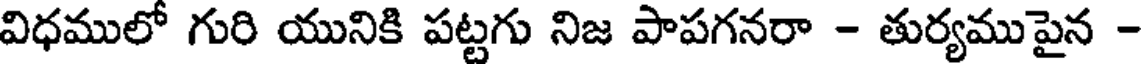
విధములో గురి యునికి పట్టగు నిజ పాపగనరా - తుర్యముపైన -